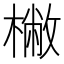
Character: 𣘮